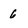
Character: 6